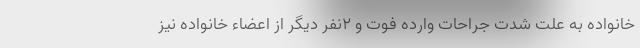
خانواده به علت شدت جراحات وارده فوت و ۲نفر دیگر از اعضاء خانواده نیز